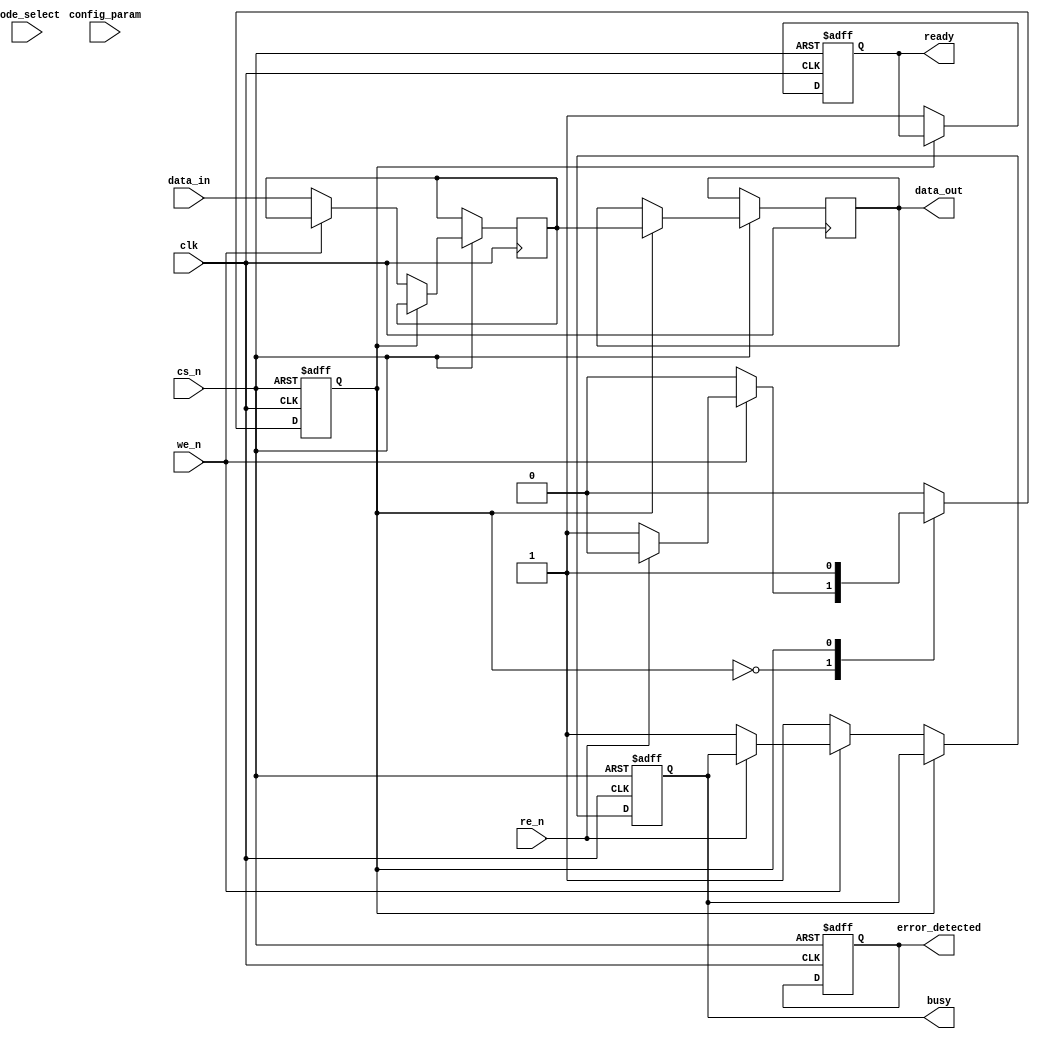
module nxp_flexnand_io_block (
    input wire clk,                  // Clock signal
    input wire cs_n,                // Chip Select (active low)
    input wire we_n,                // Write Enable (active low)
    input wire re_n,                // Read Enable (active low)
    input wire [7:0] data_in,       // Input data lines
    output reg [7:0] data_out,      // Output data lines
    output reg busy,                // Busy status signal
    output reg ready,               // Ready status signal
    output reg error_detected,      // Error detection signal
    input wire [1:0] mode_select,   // Configuration mode select
    input wire [7:0] config_param    // Configuration parameters
);

    // Internal registers for buffering
    reg [7:0] data_buf;             // Buffer for incoming data
    reg [7:0] error_correction_buf; // Buffer for error correction
    reg state;                      // State for the state machine

    // State definitions
    localparam IDLE       = 2'b00,
               READ       = 2'b01,
               WRITE      = 2'b10,
               ERROR_CHECK = 2'b11;

    // Main state machine for controlling data transfer
    always @(posedge clk or negedge cs_n) begin
        if (!cs_n) begin
            state <= IDLE;
            busy <= 1'b0;
            ready <= 1'b0;
            error_detected <= 1'b0;
        end else begin
            case (state)
                IDLE: begin
                    ready <= 1'b1; // Ready to accept commands
                    if (!we_n) begin
                        data_buf <= data_in; // Capture input data
                        state <= WRITE;
                        busy <= 1'b1;
                    end else if (!re_n) begin
                        state <= READ;
                        busy <= 1'b1;
                    end
                end

                WRITE: begin
                    // Implement write operation to NAND flash memory
                    // Assuming a successful write operation
                    data_out <= data_buf; // Simulate data output
                    state <= ERROR_CHECK; // Move to error checking
                end

                READ: begin
                    // Implement read operation from NAND flash memory
                    // Assuming a successful read operation
                    data_out <= data_buf; // Simulate data output
                    state <= ERROR_CHECK; // Move to error checking
                end

                ERROR_CHECK: begin
                    // Simple error detection simulation
                    if (data_out != data_buf) begin
                        error_detected <= 1'b1; // Error detected
                    end else begin
                        error_detected <= 1'b0; // No error
                    end
                    state <= IDLE; // Return to idle
                    busy <= 1'b0;  // Mark operation as complete
                end

                default: state <= IDLE; // Default case
            endcase
        end
    end

    // Power management feature (pseudo implementation)
    always @(posedge clk) begin
        if (busy) begin
            // Maintain active state
        end else begin
            // Implement low power mode logic
        end
    end

    // BIST (Built-In Self Test) structure (simplified)
    task bist_test;
        // BIST code to verify I/O operation
    endtask

endmodule